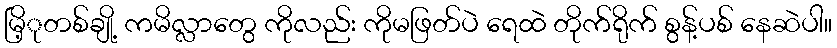
မြိ့ုတစ်ချို့ ကမိလ္လာတွေ ကိုလည်း ကိုမဖြတ်ပဲ ရေထဲ တိုက်ရိုက် စွန့်ပစ် နေဆဲပါ။